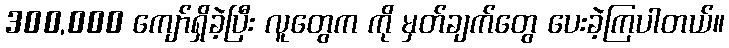
300,000 ကျော်ရှိခဲ့ပြီး လူတွေက ကို မှတ်ချက်တွေ ပေးခဲ့ကြပါတယ်။